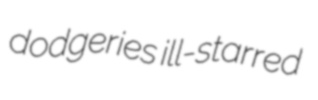
dodgeries ill-starred